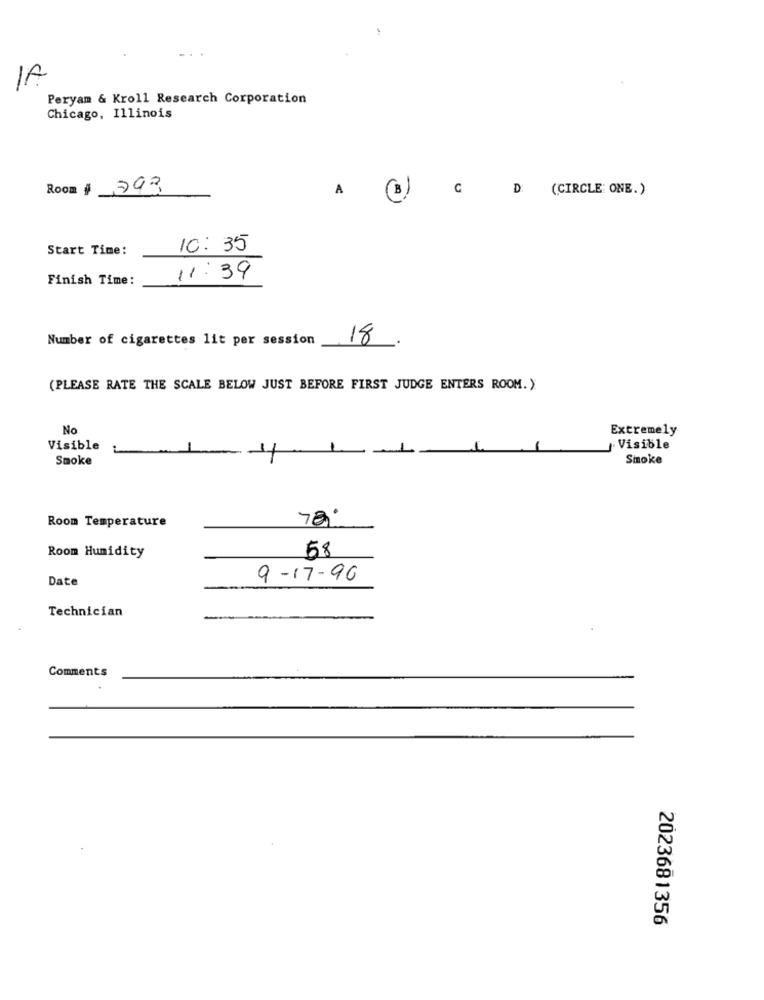
1A
Peryam & Kroll Research Corporation
Chicago, Illinois
Room # 793
C
A
B)
D: (CIRCLE ONE.)
Start Time:
10:35
Finish Time:
11:39
Number of cigarettes lit per session
18
(PLEASE RATE THE SCALE BELOW JUST BEFORE FIRST JUDGE ENTERS ROOM. )
No
Extremely
Visible
Visible
Smoke
Smoke
Room Temperature
Room Humidity
58
Date
9-17-90
Technician
Comments
2023681356